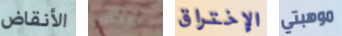
الأنقاض التروس الإختراق موهبتي